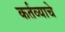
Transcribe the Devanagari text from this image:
कर्तव्याचे